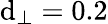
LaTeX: \mathrm{d}_{\perp}=0.2